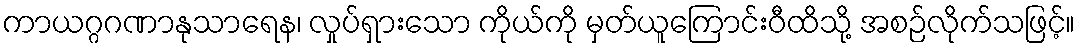
ကာယဂ္ဂဂဏာနုသာရေန၊ လှုပ်ရှားသော ကိုယ်ကို မှတ်ယူကြောင်းဝီထိသို့ အစဉ်လိုက်သဖြင့်။